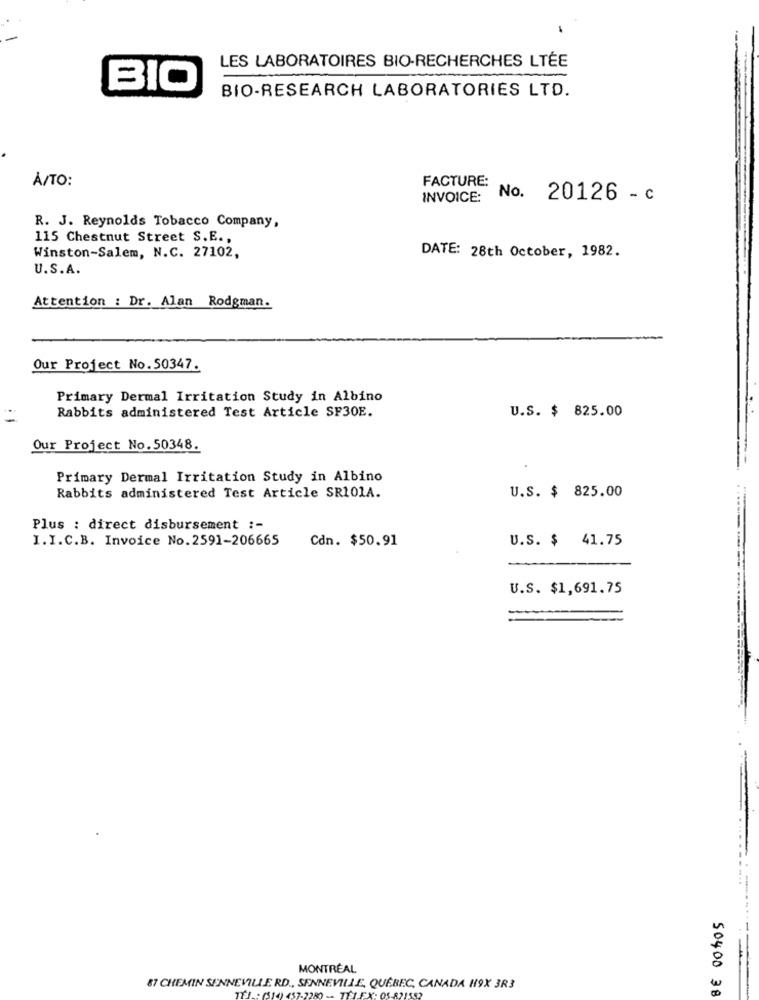
LES LABORATOIRES BIO-RECHERCHES LTÉE
BIO
BIO-RESEARCH LABORATORIES LTD.
À/TO:
FACTURE:
INVOICE: No. 20126 - c
R. J. Reynolds Tobacco Company,
115 Chestnut Street S.E .,
Winston-Salem, N.C. 27102,
DATE: 28th October, 1982.
U.S.A.
Attention : Dr. Alan Rodgman.
Our Project No. 50347.
Primary Dermal Irritation Study in Albino
U.S. $ 825.00
Rabbits administered Test Article SF30E.
Our Project No. 50348.
Primary Dermal Irritation Study in Albino
Rabbits administered Test Article SR101A.
U.S. $ 825.00
Plus : direct disbursement :-
I.I.C.B. Invoice No.2591-206665
Cdn. $50.91
U.S. $ 41.75
---.
U.S. $1,691.75
MONTRÉAL
87 CHEMIN SENNEVILLE RD ., SENNEVILLE, QUEBEC, CANADA H9X 3R3
50400 38
TELE